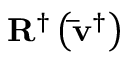
{ { { \bf { R } } ^ { \dag } } \left( { { { { \bf { \bar { v } } } } ^ { \dag } } } \right) }